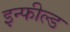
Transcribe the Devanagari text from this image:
इन्फील्ड